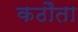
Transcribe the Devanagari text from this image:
कठौता